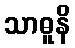
သာဓူနိ